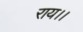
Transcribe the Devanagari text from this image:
राय।।